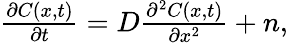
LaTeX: \begin{array}{r}{\frac{\partial C(x,t)}{\partial t}=D\frac{\partial^{2}C(x,t)}{\partial x^{2}}+n,}\end{array}